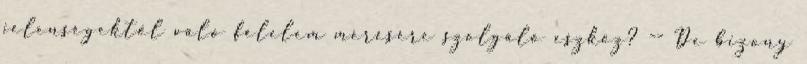
jelenségektől való félelem mérésére szolgáló eszköz? -- De bizony